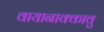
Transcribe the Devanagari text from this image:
वायानाक्कावु